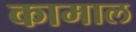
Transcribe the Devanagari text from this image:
कामाल